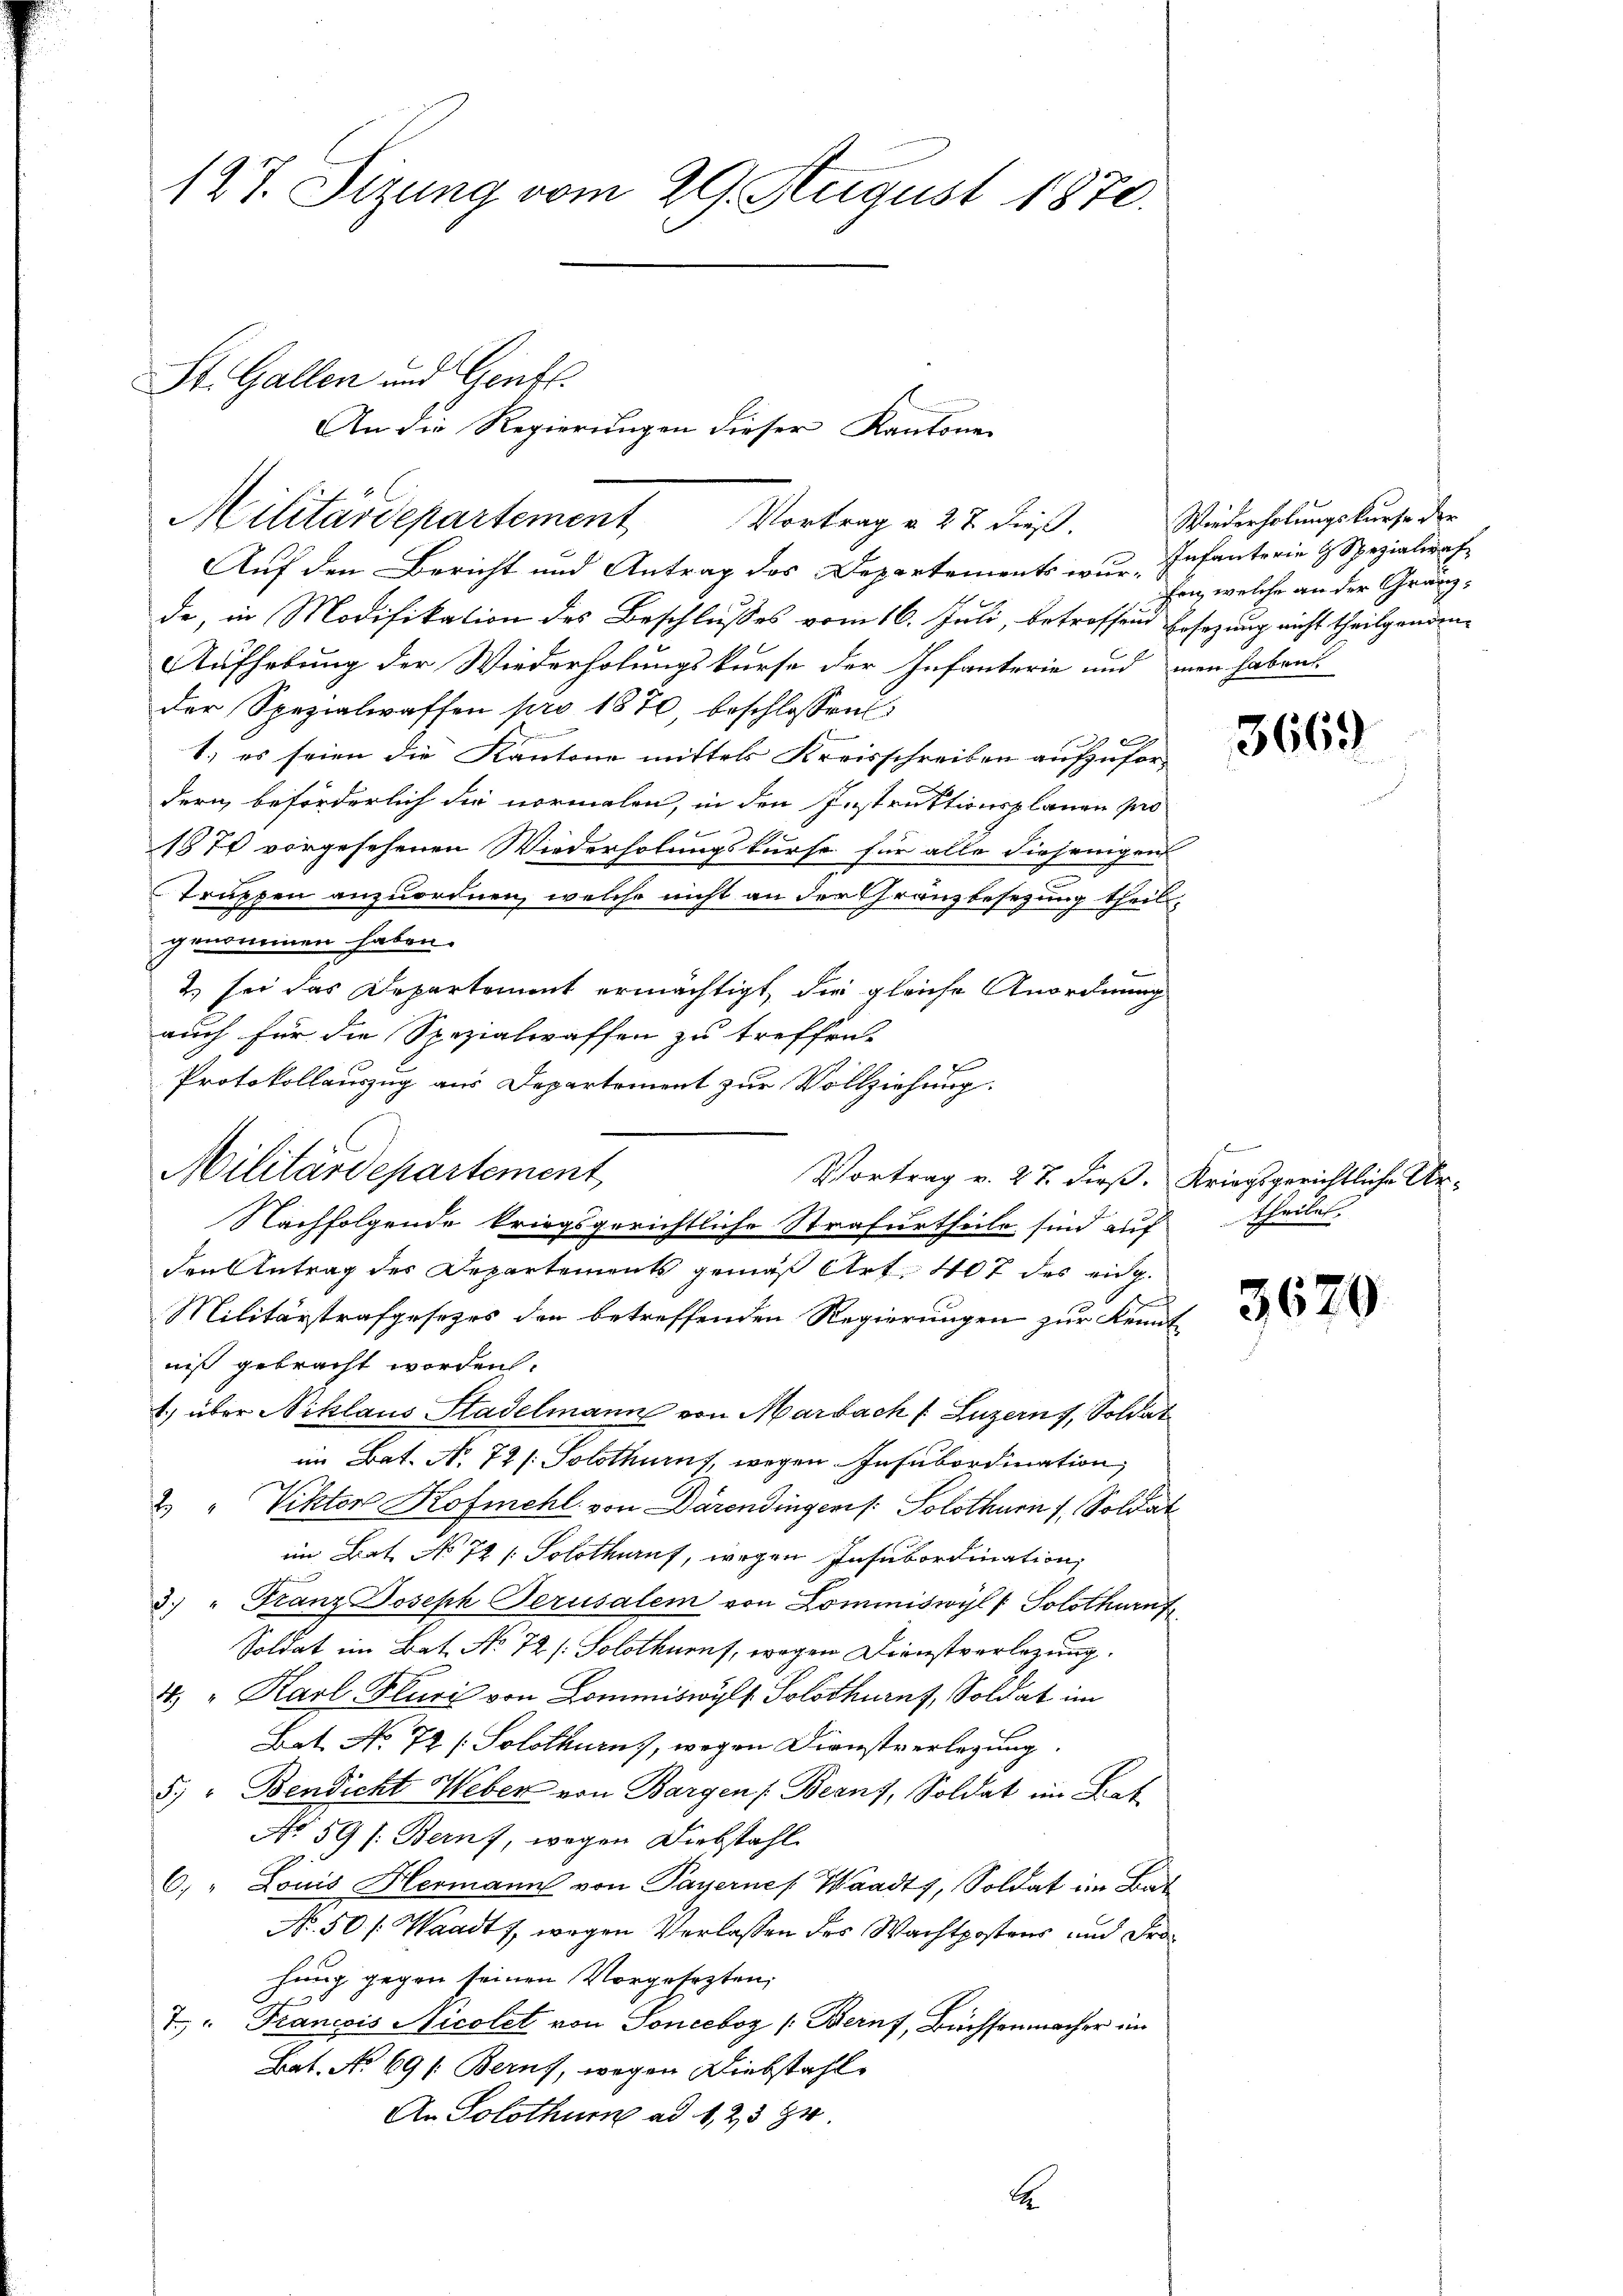
127. Sizung vom 29. August 1870.

St. Gallen und Genf.
Militärdepartement

Auf den Bericht und Antrag des Departements wur-Infanterie & Spezialirah
de, in Modifikation des Beschlusses vom 16. Juli, betroffend Ersezung nicht theilgenden,
Aufhebung der Wiederholungskurse der Infanterie und man habens
der Spezialwaffen pro 1870, beschlossen:
c
1.) es seien die Kantone mittels Kreisschreiben aufzufordern, beförderlich die vormalen, in den Instruktionsplanen pro
187 vorgesehenen Wiederholungskurse für alle diejenigen
Truppen anzuordnen, welche nicht an der Gränzbesetzung theil.
genommen haben.
2) sei das Departement ermächtigt, die gleiche Anordnung
auch für die Spezialwaffen zu treffen.
Protokollauszug aus Departement zur Vollziehung.
Vortrag v. 27. dieß. Kriegsgerichtliche Ur¬
Nachfolgende kriegsgerichtliche Strafurtheile sind auf theiles
den Antrag des Departements gemäß Art. 407 des eidg.
Militärstrafgesetzes den betreffenden Regierungen zur Kenntniß gebracht worden.
1) über Niklaus Stadelmann von Marbach (Luzern, Soldat
im Bat. No. 72 /: Solothurn, wegen Insubordination,
2. " Viktor Kofmehl von Darendingen. Solothurn, Soldat
im Bat. No 72 / Solothuruf, wegen Insubordination,
3.) " Franz Joseph Perusalem von Lominiswyl ( Solothurnf
Soldat im Bat. No 72 /: Solothurn, wegen Dienstverlegung.
4. " Karl Kluris von Commiswylt Solothurn, Soldat im
Bat. No 72 (Solothurn, wegen Dienstverlegung.
5.) " Bendicht Weber von Bargen (Berns, Soldat im Lat
No 59 /: Bern, wegen Diebstahl
s
6. " Louis Hermann von Payernes Waadt, Soldat im Bat
No. 50 f. Waadt, wegen Verlassen des Wachtpostens und Fra
hung gegen seinen Vorgesezten,
7. " Francois Nicolet von Sonceboz (Bern, Büchsenmacher im
Bat. No 69 f. Berns, wegen Diebstahle
An Solothur ad 1, 25 gr.
A

Militärdepartement

Vortrag u. 27 dieß.

An die Regierungen dieser Kantone

Wiederholungskurse der
fen, welche an der Gränz¬

3669

3629